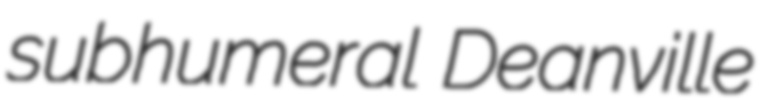
subhumeral Deanville